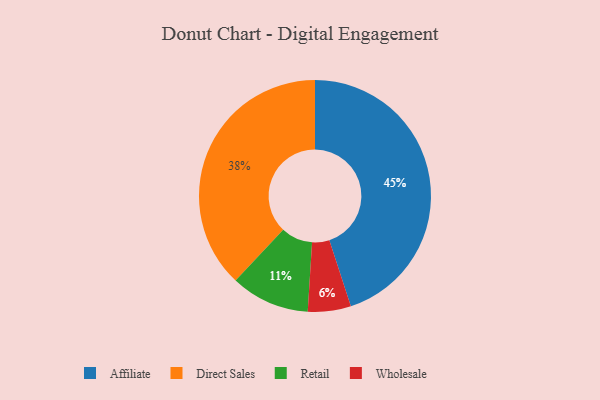
{"axis": {"x": "Category", "y": "Percentage"}, "legend": ["Affiliate", "Direct Sales", "Retail", "Wholesale"], "data": [{"x": "Wholesale", "y": 6, "type": "Wholesale"}, {"x": "Retail", "y": 11, "type": "Retail"}, {"x": "Direct Sales", "y": 38, "type": "Direct Sales"}, {"x": "Affiliate", "y": 45, "type": "Affiliate"}]}